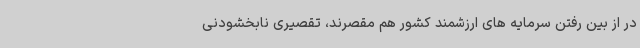
در از بین رفتن سرمایه های ارزشمند کشور هم مقصرند، تقصیری نابخشودنی